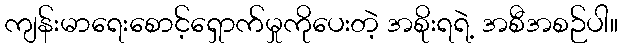
ကျန်းမာရေးစောင့်ရှောက်မှုကိုပေးတဲ့ အစိုးရရဲ့ အစီအစဉ်ပါ။